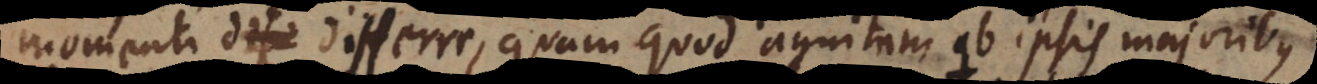
momenti differre, quam quod agnitam ab ipsis majoribus